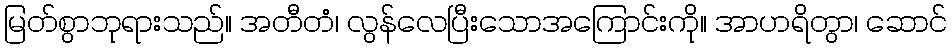
မြတ်စွာဘုရားသည်။ အတီတံ၊ လွန်လေပြီးသောအကြောင်းကို။ အာဟရိတွာ၊ ဆောင်